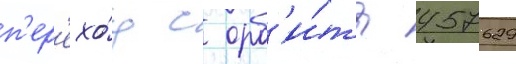
п'ер'ехо́д с орб'и́ты 457629